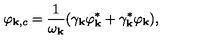
\varphi _ { { \bf k } , c } = \frac { 1 } { \omega _ { \bf k } } ( \gamma _ { \bf k } \varphi _ { \bf k } ^ { * } + \gamma _ { \bf k } ^ { * } \varphi _ { \bf k } ) ,